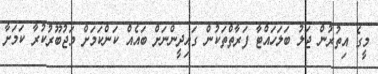
މީގެ އިތުރުން ޖަލު ބަލަހައްޓާ ފަރާތްތަކުން ގައިދީންނަށް ބައެއް ކަންކަމަށް މަޖުބޫރުކުރާ ކަމަށާ